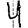
Digit: 4